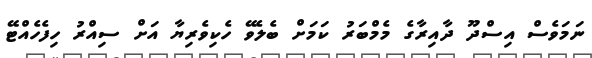
ނަމަވެސް އިސްދޫ ދާއިރާގެ މެމްބަރު ކަމަށް ބެލެވޭ ހެކިވެރިޔާ އަށް ސިއްރު ހިފެހެއްޓޭ